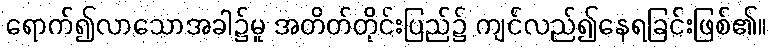
ရောက်၍လာသောအခါ၌မူ အတိတ်တိုင်းပြည်၌ ကျင်လည်၍နေရခြင်းဖြစ်၏။